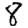
Digit: 8